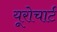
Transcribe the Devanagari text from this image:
यूरोचार्ट